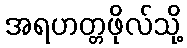
အရဟတ္တဖိုလ်သို့